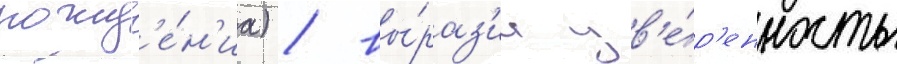
рожд'е́н'иа) / вы́раз'ил ув'е́р'енность